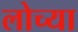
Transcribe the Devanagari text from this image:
लोच्या